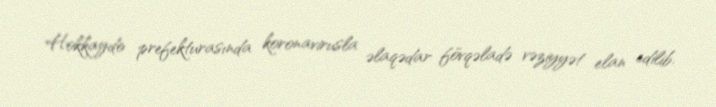
Hokkaydo prefekturasında koronavirusla əlaqədar fövqəladə vəziyyət elan edilib.